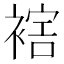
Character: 𧛪